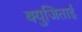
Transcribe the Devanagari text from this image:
क्युजिताई